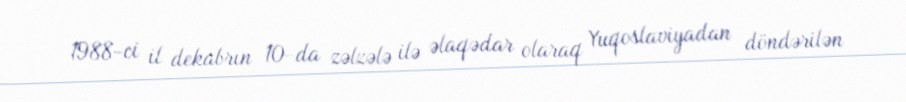
1988-ci il dekabrın 10-da zəlzələ ilə əlaqədar olaraq Yuqoslaviyadan döndərilən